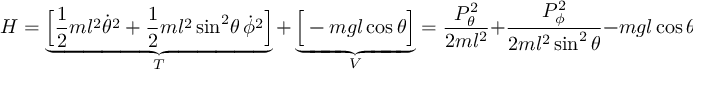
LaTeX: H = \underbrace { { \Big [ } { \frac { 1 } { 2 } } m l ^ { 2 } { \dot { \theta } } ^ { 2 } + { \frac { 1 } { 2 } } m l ^ { 2 } \sin ^ { 2 } \! \theta \, { \dot { \phi } } ^ { 2 } { \Big ] } } _ { T } + \underbrace { { \Big [ } - m g l \cos \theta { \Big ] } } _ { V } = { \frac { P _ { \theta } ^ { 2 } } { 2 m l ^ { 2 } } } + { \frac { P _ { \phi } ^ { 2 } } { 2 m l ^ { 2 } \sin ^ { 2 } \theta } } - m g l \cos \theta